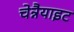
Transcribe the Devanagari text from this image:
चेन्नैयाइट